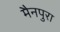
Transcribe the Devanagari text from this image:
मैनपुरा